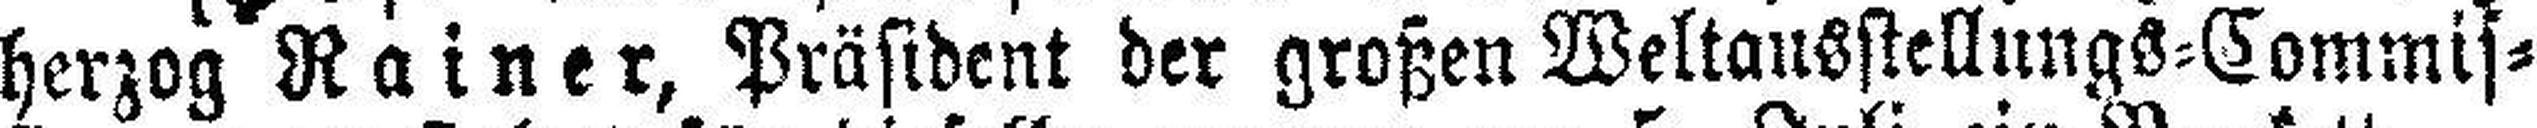
herzog Rainer, Präsident der großen Weltausstellungs=Commis¬